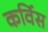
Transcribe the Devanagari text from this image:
कर्विस